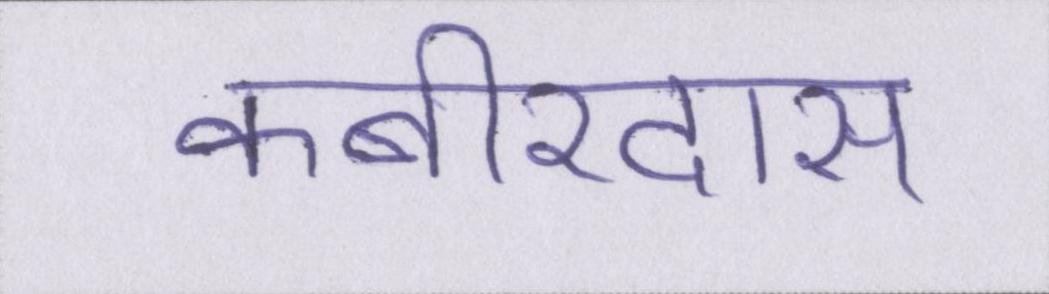
कबीरदास